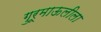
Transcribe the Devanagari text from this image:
गुरूमाऊलीला